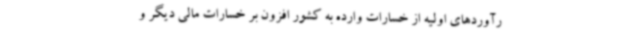
رآوردهای اولیه از خسارات وارده به کشور افزون بر خسارات مالی دیگر و